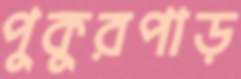
পুকুরপাড়